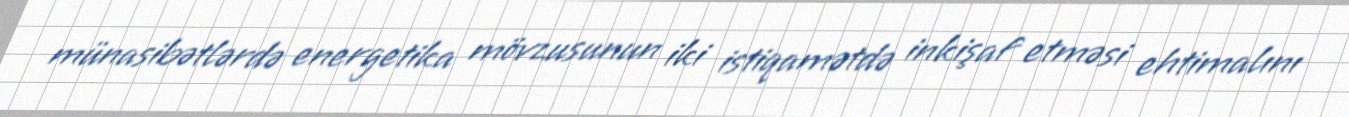
münasibətlərdə energetika mövzusunun iki istiqamətdə inkişaf etməsi ehtimalını